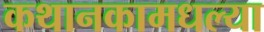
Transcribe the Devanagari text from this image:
कथानकामधल्या